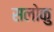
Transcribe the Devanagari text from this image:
सलोकु